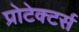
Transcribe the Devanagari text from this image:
प्रोटेक्टर्स